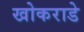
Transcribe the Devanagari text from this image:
खोकराडे